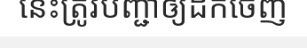
នេះត្រូវបញ្ជាឲ្យដកចេញ